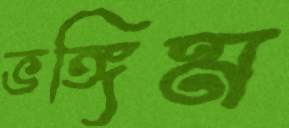
ভঙ্গিম